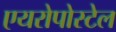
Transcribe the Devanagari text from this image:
एयरोपोस्टेल